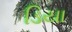
ડિયા